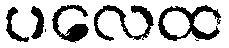
ပလေထ